Annual administration report of the Civil Veterinary Department of India - 1896-1897
Year: 1896
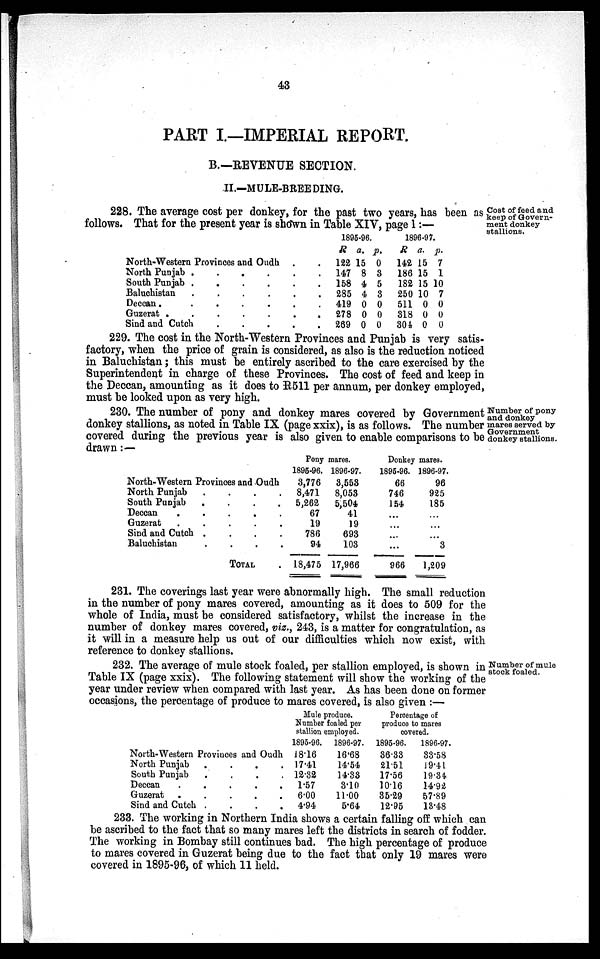
43
PART I.—IMPERIAL REPORT.
B.—REVENUE SECTION.
II.—MULE-BREEDING.
Cost of feed and
keep of Govern-
ment donkey
stallions,
228. The average cost per donkey, for the past two years, has been as
follows. That for the present year is shown in Table XIV, page 1:—
North-Western Provinces and Oudh . .
North Punjab .
.
.
.
.
.
South Punjab .
.
.
.
.
.
Baluchistan
.
.
.
.
.
.
Deccan.
.
.
.
.
.
.
Guzerat .
.
.
.
.
.
.
Sind and Cutch . . . . .
1895-96.
R
122
147
158
285
419
278
269
a.
15
8
4
4
0
0
0
p.
0
3
5
3
0
0
0
1896-97.
R.
142
186
182
250
511
318
304
a.
15
15
15
10
0
0
0
p.
7
1
10
7
0
0
0
229. The cost in the North-Western Provinces and Punjab is very satis-
factory, when the price of grain is considered, as also is the reduction noticed
in Baluchistan; this must be entirely ascribed to the care exercised by the
Superintendent in charge of these Provinces. The cost of feed and keep in
the Deccan, amounting as it does to R511 per annum, per donkey employed,
must be looked upon as very high.
Number of pony
and donkey
mares served by
Government
donkey stallions.
230. The number of pony and donkey mares covered by Government
donkey stallions, as noted in Table IX (page xxix), is as follows. The number
covered during the previous year is also given to enable comparisons to be
drawn:—
North-Western Provinces and Oudh
North Punjab
.
.
.
.
South Punjab . . . . .
Deccan
.
.
.
.
.
.
Guzerat
.
.
.
.
.
Sind and Cutch
.
.
.
.
.
Baluchistan . . . . .
TOTAL
Pony
1895-96.
3,776
8,471
5,262
67
19
786
94
18,475
mares.
1896-97.
3,553
8,053
5,504
41
19
693
103
17,966
Donkey
1895-96.
66
746
154
...
...
...
...
966
mares.
1896-97.
96
925
185
. . .
. . .
. . .
3
1,209
231. The coverings last year were abnormally high. The small reduction
in the number of pony mares covered, amounting as it does to 509 for the
whole of India, must be considered satisfactory, whilst the increase in the
number of donkey mares covered, viz., 243, is a matter for congratulation, as
it will in a measure help us out of our difficulties which now exist, with
reference to donkey stallions.
Number of mule
stock foaled.
232. The average of mule stock foaled, per stallion employed, is shown in
Table IX (page xxix). The following statement will show the working of the
year under review when compared with last year. As has been done on former
occasions, the percentage of produce to mares covered, is also given:—
North-Western Provinces and Oudh
North Punjab
.
.
.
.
South Punjab
.
.
.
.
Deccan
.
.
.
.
.
Guzerat
.
.
.
.
.
Sind and Cutch .
.
.
.
Mule produce.
Number foaled per
stallion employed.
1895-96.
18.16
17.41
12.32
1.57
6.00
4.94
1896-97.
16.68
14.54
14.33
3.10
11.00
5.64
Percentage of
produce to mares
covered.
1895-96.
36.33
21.51
17.56
10.16
35.29
12.95
1896-97.
33.58
19.41
19.34
14.92
57.89
13.48
233. The working in Northern India shows a certain falling off which can
be ascribed to the fact that so many mares left the districts in search of fodder.
The working in Bombay still continues bad. The high percentage of produce
to mares covered in Guzerat being due to the fact that only 19 mares were
covered in 1895-96, of which 11 held.